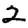
Digit: 2